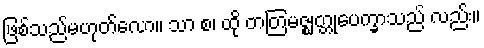
ဖြစ်သည်မဟုတ်လော။ သာ စ၊ ထို တတြမဇ္ဈတ္တုပေက္ခာသည် လည်း။